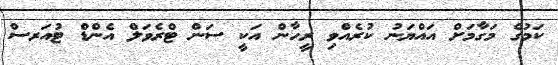
ކަމުގެ މަގާމަށް އައްޔަނު ކުރެއްވި ރީހާން އަކީ ސަން ޓްރެވަލް އެންޑް ޓުއަރސް